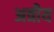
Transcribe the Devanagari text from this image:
अत्रीय